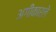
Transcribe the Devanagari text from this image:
अगीकारले